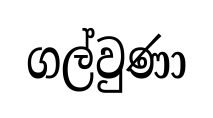
ගල්වුණා